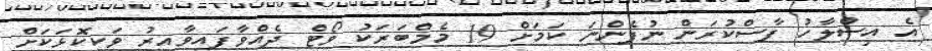
އެ އިސްލާހު ފާސްކުރަން ނުފެންނަ ކަމަށް 19 މެމްބަރަކު ވޯޓް ދެއްވާފައިވާއިރު ވަކިކޮޅަކަށް